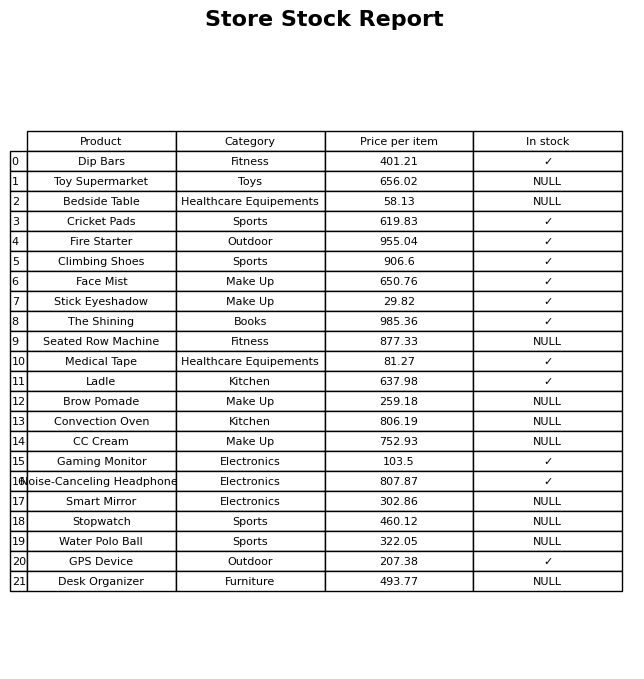
question: What is the price of the Smart Mirror?
answer: The price of Smart Mirror is 302.86.